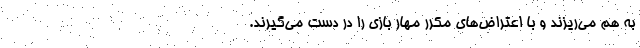
به هم می‌ریزند و با اعتراض‌های مکرر مهار بازی را در دست می‌گیرند.